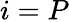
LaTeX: i=P